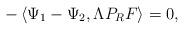
LaTeX: \begin{align*} -\left<\Psi_1-\Psi_2, \Lambda P_R F \right> = 0,\end{align*}